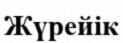
Жүрейік